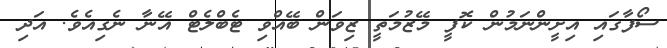
ސޯފާގައި އިށީންނަމުން ކޮފީ މޭޒުމަތީ ޒިވަން ބޭއްވި ޓެބްލެޓް އޭނާ ނެގިއެވެ. އަދި